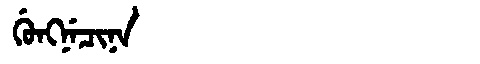
Manchu: ᡤᡠᠩᠨᡝᠴᡳᠨᠠ
Romanization: GUNGNECINA